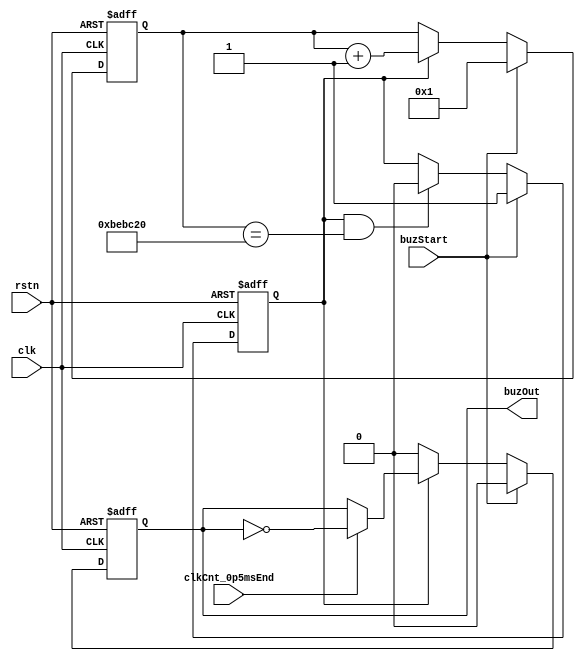

//`include "wm_fsim_def.v"

module wm_buzzer (
	input			clk,	// 125Mhz
	input			rstn,
	input			buzStart,
	input			clkCnt_0p5msEnd,
	output reg		buzOut
);

`ifdef FSIM
	parameter BUZ_TIME = 800;
`else
	parameter BUZ_TIME = (125_000_000/10);	// 0.1ms
`endif
	
	reg				buzCntEn;
	reg		[31:0]	buzCnt;
	wire buzCntEnd = buzCntEn & (buzCnt == BUZ_TIME);

	always @(posedge clk or negedge rstn) begin
		if (~rstn)
			buzCntEn <= 0;
		else if (buzStart)
			buzCntEn <= 1;
		else if (buzCntEnd)
			buzCntEn <= 0;
	end

	always @(posedge clk or negedge rstn) begin
		if (~rstn)
			buzCnt <= 0;
		else if (buzStart)
			buzCnt <= 1;
		else if (buzCntEn)
			buzCnt <= buzCnt + 1;
	end

	always @(posedge clk or negedge rstn) begin
		if (~rstn)
			buzOut <= 0;
		else if (buzStart)
			buzOut <= 0;
		else if (buzCntEn) begin
			if (clkCnt_0p5msEnd)
				buzOut <= ~buzOut;
		end
		else
			buzOut <= 0;
	end

endmodule